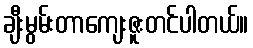
ချီးမွမ်းတာကျေးဇူးတင်ပါတယ်။